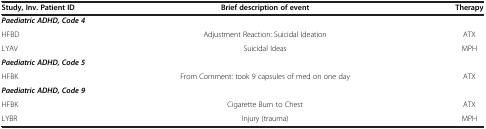
| Study, Inv. Patient ID | Brief description of event | Therapy |
 | --- | --- | --- |
 | <COLSPAN=3> Paediatric ADHD, Code 4 |
 | HFBD | Adjustment Reaction: Suicidal Ideation | ATX |
 | LYAV | Suicidal Ideas | MPH |
 | <COLSPAN=3> Paediatric ADHD, Code 5 |
 | HFBK | From Comment: took 9 capsules of med on one day | ATX |
 | <COLSPAN=3> Paediatric ADHD, Code 9 |
 | HFBK | Cigarette Burn to Chest | ATX |
 | LYBR | Injury (trauma) | MPH |